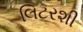
લિટરશી